Snake-venoms in relation to hæmolysis - Number 17
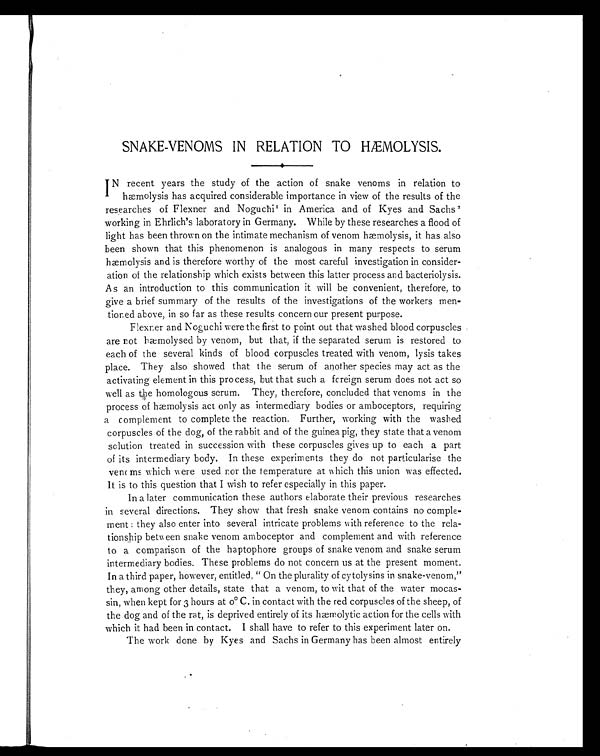
SNAKE-VENOMS IN RELATION TO HÆMOLYSIS.
IN recent years the study of the action of snake venoms in relation to
hæmolysis has acquired considerable importance in view of the results of the
researches of Flexner and Noguchi1 in America and of Kyes and Sachs 2
working in Ehrlich's laboratory in Germany. While by these researches a flood of
light has been thrown on the intimate mechanism of venom hæmolysis, it has also
been shown that this phenomenon is analogous in many respects to serum
hæmolysis and is therefore worthy of the most careful investigation in consider-
ation of the relationship which exists between this latter process and bacteriolysis.
As an introduction to this communication it will be convenient, therefore, to
give a brief summary of the results of the investigations of the workers men-
tioned above, in so far as these results concern our present purpose.
Flexner and Noguchi were the first to point out that washed blood corpuscles
are not hæmolysed by venom, but that, if the separated serum is restored to
each of the several kinds of blood corpuscles treated with venom, lysis takes
place. They also showed that the serum of another species may act as the
activating element in this process, but that such a foreign serum does not act so
well as the homologous serum. They, therefore, concluded that venoms in the
process of hæmolysis act only as intermediary bodies or amboceptors, requiring
a complement to complete the reaction. Further, working with the washed
corpuscles of the dog, of the rabbit and of the guinea pig, they state that a venom
solution treated in succession with these corpuscles gives up to each a part
of its intermediary body. In these experiments they do not particularise the
venoms which were used nor the temperature at which this union was effected.
It is to this question that I wish to refer especially in this paper.
In a later communication these authors elaborate their previous researches
in several directions. They show that fresh snake venom contains no comple-
ment : they also enter into several intricate problems with reference to the rela-
tionship between snake venom amboceptor and complement and with reference
to a comparison of the haptophore groups of snake venom and snake serum
intermediary bodies. These problems do not concern us at the present moment.
In a third paper, however, entitled, " On the plurality of cytolysins in snake-venom,"
they, among other details, state that a venom, to wit that of the water mocas-
sin, when kept for 3 hours at 0° C. in contact with the red corpuscles of the sheep, of
the dog and of the rat, is deprived entirely of its hæmolytic action for the cells with
which it had been in contact. I shall have to refer to this experiment later on.
The work done by Kyes and Sachs in Germany has been almost entirely